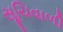
સૂચિવાળી